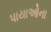
પાયાઓના